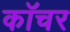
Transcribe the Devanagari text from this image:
कॉचर